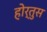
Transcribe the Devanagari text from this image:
होर्तुस